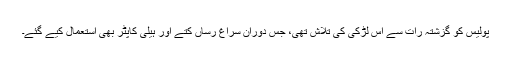
پولیس کو گزشتہ رات سے اس لڑکی کی تلاش تھی، جس دوران سراغ رساں کتے اور ہیلی کاپٹر بھی استعمال کیے گئے۔